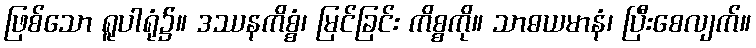
ဖြစ်သော ရူပါရုံ၌။ ဒဿနကိစ္စံ၊ မြင်ခြင်း ကိစ္စကို။ သာဓယမာနံ၊ ပြီးစေလျက်။